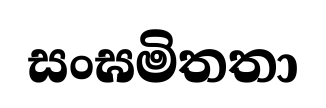
සංඝමිතතා